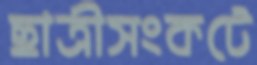
ছাত্রীসংকটে